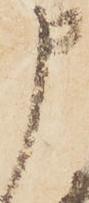
申